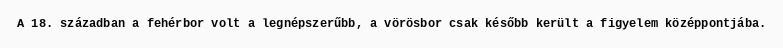
A 18. században a fehérbor volt a legnépszerűbb, a vörösbor csak később került a figyelem középpontjába.